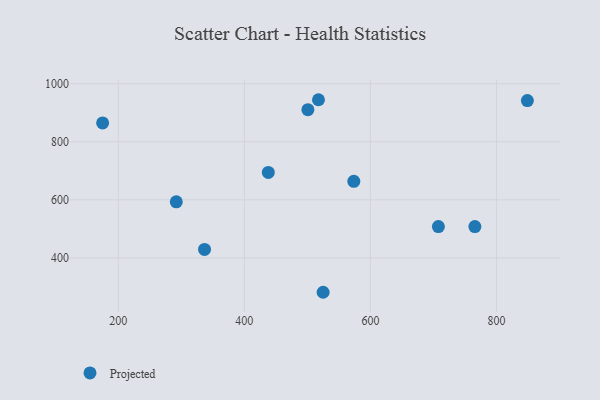
{"axis": {"x": "Study Hours", "y": "Demand"}, "legend": ["Projected"], "data": [{"x": "707.9", "y": 507.9, "type": "Projected"}, {"x": "175.1", "y": 864.8, "type": "Projected"}, {"x": "525.0", "y": 281.4, "type": "Projected"}, {"x": "765.8", "y": 507.8, "type": "Projected"}, {"x": "517.6", "y": 944.8, "type": "Projected"}, {"x": "438.0", "y": 694.3, "type": "Projected"}, {"x": "849.1", "y": 942.0, "type": "Projected"}, {"x": "500.8", "y": 910.4, "type": "Projected"}, {"x": "292.0", "y": 593.1, "type": "Projected"}, {"x": "336.8", "y": 428.9, "type": "Projected"}, {"x": "573.7", "y": 663.7, "type": "Projected"}]}